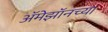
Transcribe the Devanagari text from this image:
अॅमेझॉनच्या